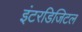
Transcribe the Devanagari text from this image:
इंटरडिजिटल